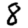
Digit: 8